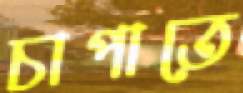
চাপাতে